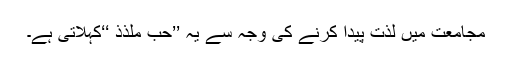
مجامعت میں لذت پیدا کرنے کی وجہ سے یہ ’’حب ملذذ ‘‘کہلاتی ہے۔